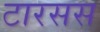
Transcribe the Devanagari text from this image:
टारसस